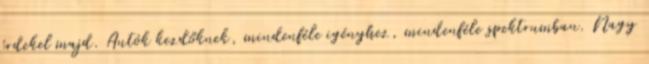
érdekel majd. Autók kezdőknek, mindenféle igényhez, mindenféle spektrumban. Nagy